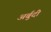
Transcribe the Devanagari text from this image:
अर्बुदी